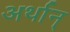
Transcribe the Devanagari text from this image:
अर्थान्